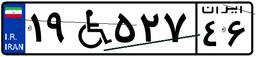
۲۱W۴۸۵۱۵